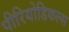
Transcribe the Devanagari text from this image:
पीरियोडिकल्स